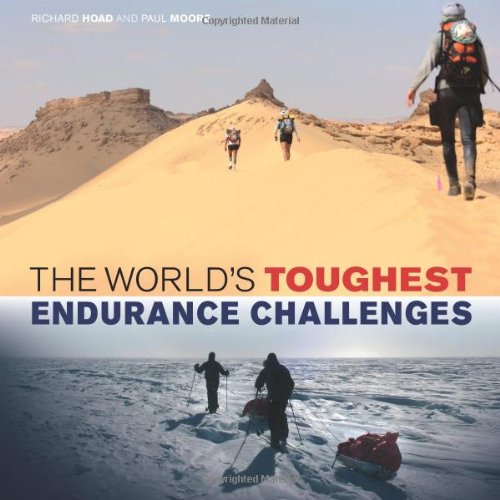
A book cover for The World's Toughest Endurance Challenges; Richard Hoad; Health, Fitness & Dieting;